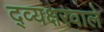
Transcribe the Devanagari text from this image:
द्व्यक्षरवाले